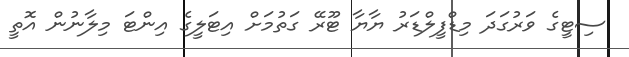
ސިޓީގެ ވަރުގަަދަ މިޑްފީލްޑަރު ޔާޔާ ޓޫރޭ ގަތުމަށް އިޓަލީގެ އިންޓަ މިލާނުން އޮތީ